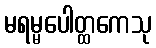
မရမ္မပေါတ္ထကေသု